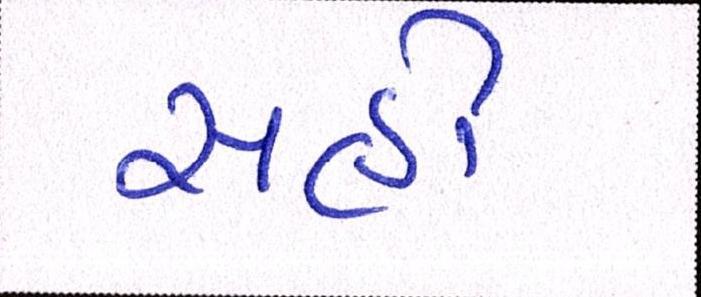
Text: સહી